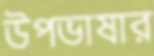
উপভাষার